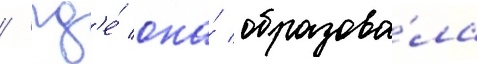
/ гд'е́ она́ образова́ла